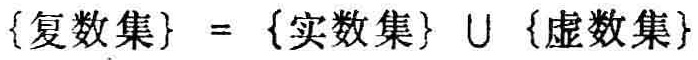
\(\{\text{复数集}\} = \{\text{实数集}\} \cup \{\text{虚数集}\}\)